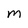
Character: M